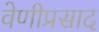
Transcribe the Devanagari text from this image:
वेणीप्रसाद